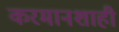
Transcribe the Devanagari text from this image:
करमानशाही